Annual report of the Punjab Veterinary College and of the Civil Veterinary Department, Punjab - 1920-1925
Year: 1920
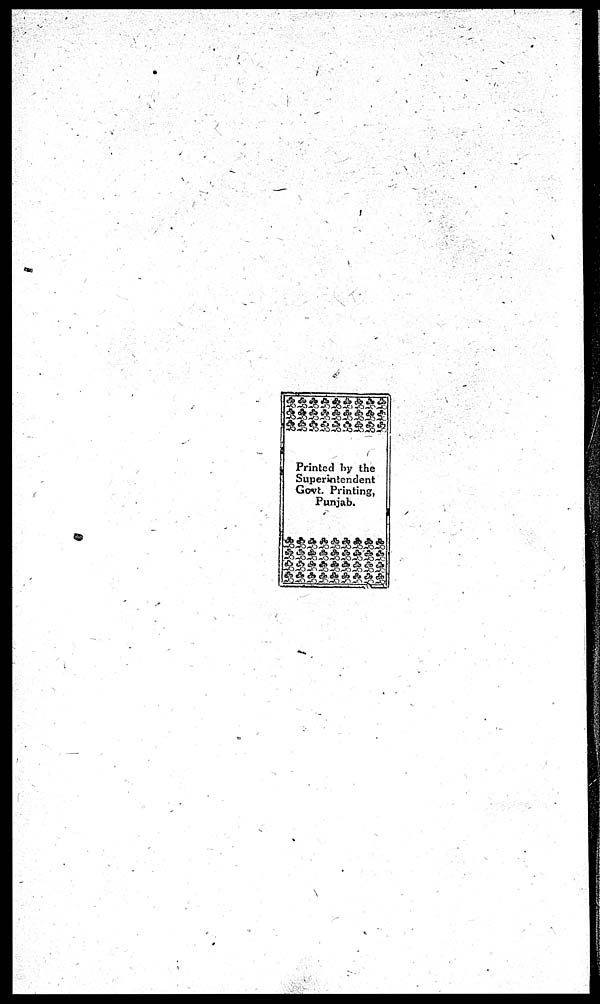
Printed by the
Superintendent
Govt. Printing,
Punjab.